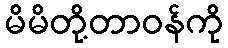
မိမိတို့တာဝန်ကို